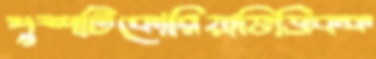
পুষ্পটিকোরিয়াভিত্তিকক